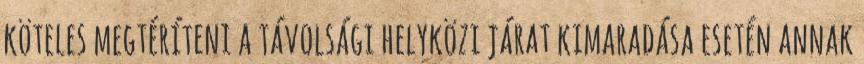
köteles megtéríteni a távolsági helyközi járat kimaradása esetén annak